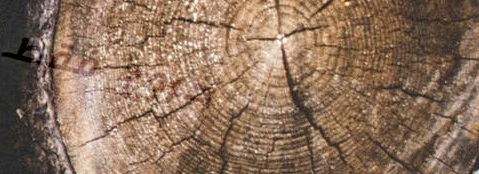
خروج فقط